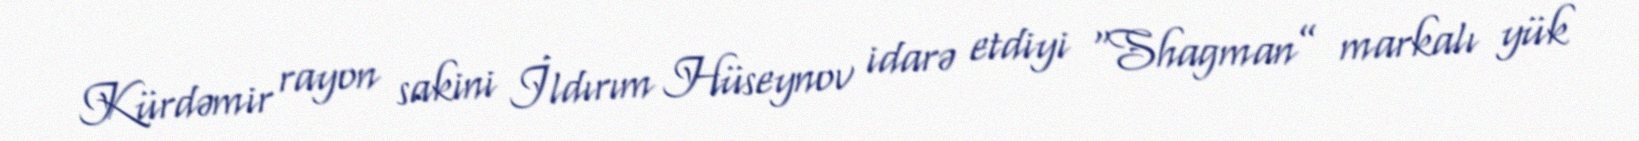
Kürdəmir rayon sakini İldırım Hüseynov idarə etdiyi “Shagman” markalı yük